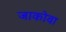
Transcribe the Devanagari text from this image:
जाकोवा